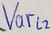
Text: Varl2